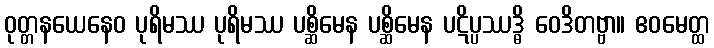
ဝုတ္တနယေနေဝ ပုရိမဿ ပုရိမဿ ပစ္ဆိမေန ပစ္ဆိမေန ပဋိပ္ပဿဒ္ဓိ ဝေဒိတဗ္ဗာ။ ဧဝမေတ္ထ